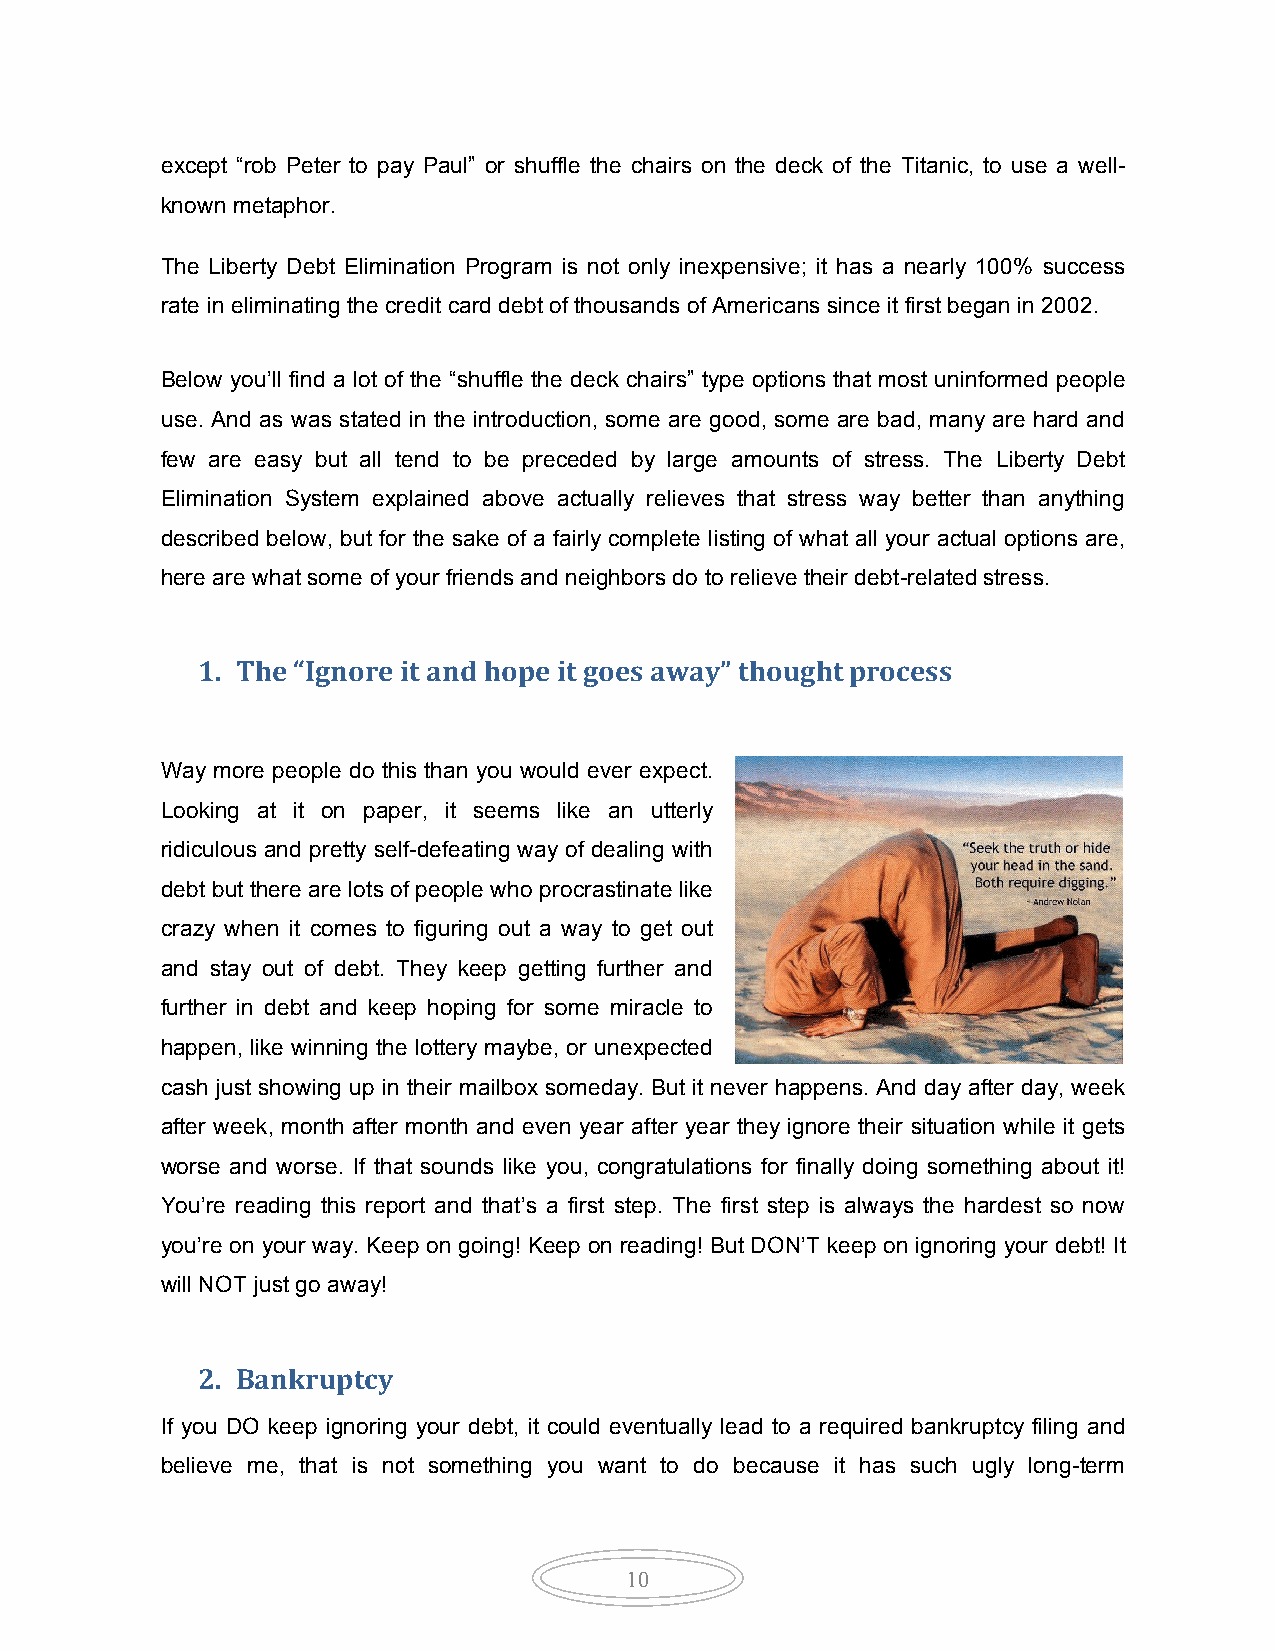
except “rob Peter to pay Paul” or shuffle the chairs on the deck of the Titanic, to use a well-
 known metaphor.
 The Liberty Debt Elimination Program is not only inexpensive; it has a nearly 100% success
 rate in eliminating the credit card debt of thousands of Americans since it first began in 2002.
 Below you’ll find a lot of the “shuffle the deck chairs” type options that most uninformed people
 use. And as was stated in the introduction, some are good, some are bad, many are hard and
 few are easy but all tend to be preceded by large amounts of stress. The Liberty Debt
 Elimination System explained above actually relieves that stress way better than anything
 described below, but for the sake of a fairly complete listing of what all your actual options are,
 here are what some of your friends and neighbors do to relieve their debt-related stress.
 1. The “Ignore it and hope it goes away” thought process
 Way more people do this than you would ever expect.
 Looking at it on paper, it seems like an utterly
 ridiculous and pretty self-defeating way of dealing with
 debt but there are lots of people who procrastinate like
 crazy when it comes to figuring out a way to get out
 and stay out of debt. They keep getting further and
 further in debt and keep hoping for some miracle to
 happen, like winning the lottery maybe, or unexpected
 cash just showing up in their mailbox someday. But it never happens. And day after day, week
 after week, month after month and even year after year they ignore their situation while it gets
 worse and worse. If that sounds like you, congratulations for finally doing something about it!
 You’re reading this report and that’s a first step. The first step is always the hardest so now
 you’re on your way. Keep on going! Keep on reading! But DON’T keep on ignoring your debt! It
 will NOT just go away!
 2. Bankruptcy
 If you DO keep ignoring your debt, it could eventually lead to a required bankruptcy filing and
 believe me, that is not something you want to do because it has such ugly long-term
 10